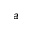
a